Report of the Imperial Institute of Veterinary Research, Muktesar
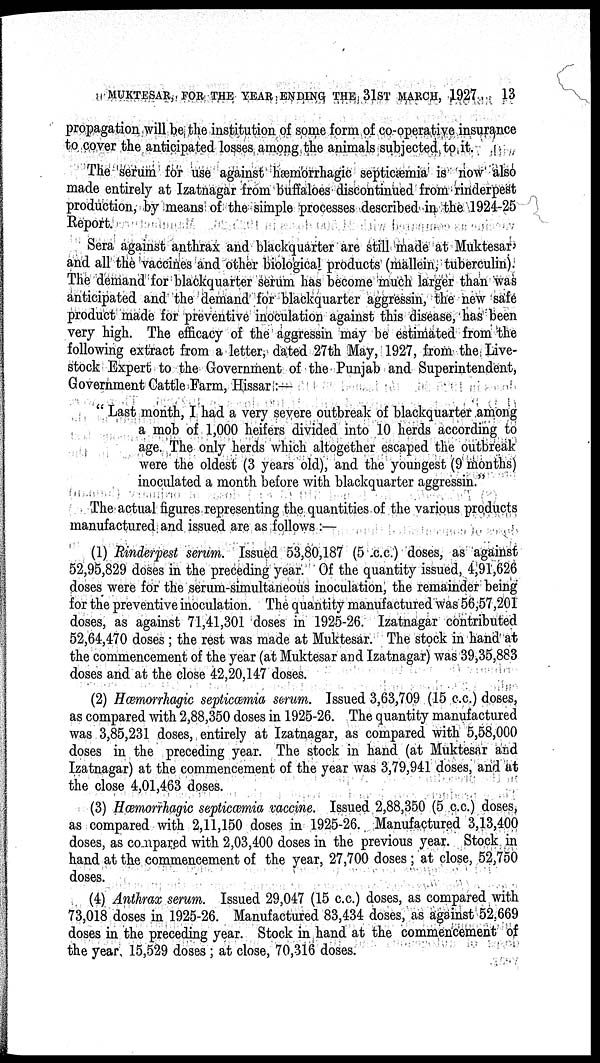
MUKTESAR, FOR THE YEAR ENDING THE 31ST MARCH, 1927
13
propagation will be the institution of some form of co-operative insurance
to cover the anticipated losses among the animals subjected to it.
The serum for use against hæmorrhagic septicæmia is now also
made entirely at Izatnagar from buffaloes discontinued from rinderpest
production, by means of the simple processes described in the 1924-25
Report.
Sera against anthrax and blackquarter are still made at Muktesar'
and all the vaccines and other biological products (mallein, tuberculin).
The demand for blackquarter serum has become much larger than was
anticipated and the demand for blackquarter aggressin, the new safe
product made for preventive inoculation against this disease, has been
very high. The efficacy of the aggressin may be estimated from the
following extract from a letter, dated 27th May, 1927, from the Live-
stock Expert to the Government of the Punjab and Superintendent,
Government Cattle Farm, Hissar :—
" Last month, I had a very severe outbreak of blackquarter among
a mob of 1,000 heifers divided into 10 herds according to
age. The only herds which altogether escaped the outbreak
were the oldest (3 years old), and the youngest (9 months)
inoculated a month before with blackquarter aggressin."
The actual figures representing the quantities of the various products
manufactured and issued are as follows :—
(1) Rinderpest serum. Issued 53,80,187 (5 c.c.) doses, as against
52,95,829 doses in the preceding year. Of the quantity issued, 4,91,626
doses were for the serum-simultaneous inoculation, the remainder being
for the preventive inoculation. The quantity manufactured was 56,57,201
doses, as against 71,41,301 doses in 1925-26. Izatnagar contributed
52,64,470 doses ; the rest was made at Muktesar. The stock in hand at
the commencement of the year (at Muktesar and Izatnagar) was 39,35,883
doses and at the close 42,20,147 doses.
(2) Hæmorrhagic septicæmia serum. Issued 3,63,709 (15 c.c.) doses,
as compared with 2,88,350 doses in 1925-26. The quantity manufactured
was 3,85,231 doses, entirely at Izatnagar, as compared with 5,58,000
doses in the preceding year. The stock in hand (at Muktesar and
Izatnagar) at the commencement of the year was 3,79,941 doses, and at
the close 4,01,463 doses.
(3) Hæmorrhagic septicæmia vaccine. Issued 2,88,350 (5 c.c.) doses,
as compared with 2,11,150 doses in 1925-26. Manufactured 3,13,400
doses, as compared with 2,03,400 doses in the previous year. Stock in
hand at the commencement of the year, 27,700 doses ; at close, 52,750
doses.
(4) Anthrax serum. Issued 29,047 (15 c.c.) doses, as compared with
73,018 doses in 1925-26. Manufactured 83,434 doses, as against 52,669
doses in the preceding year. Stock in hand at the commencement of
the year 15,529 doses ; at close, 70,316 doses.